Lunatic asylums Punjab 1868-1880 - 1868-1880
Year: 1868
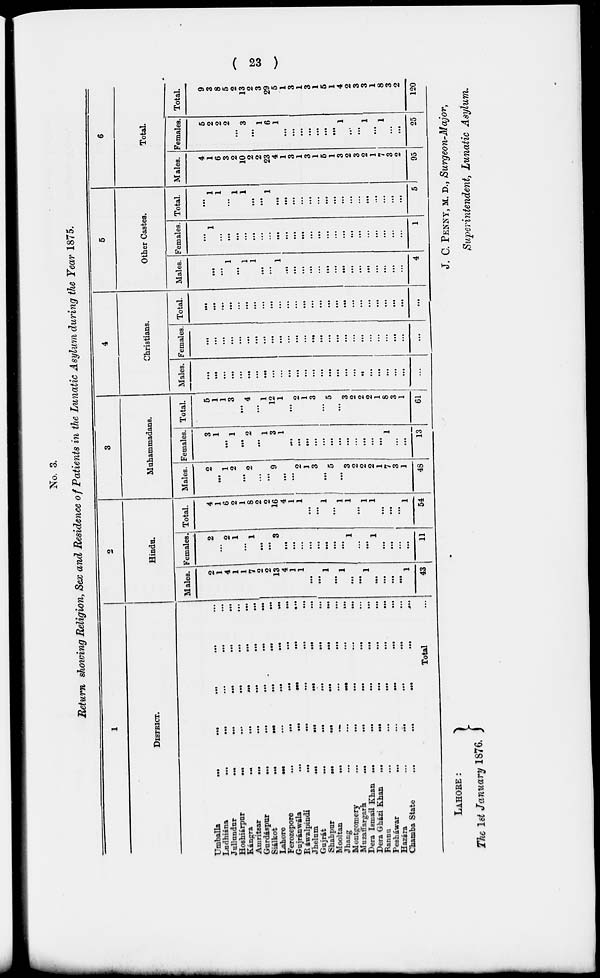
( 23 )
No. 3.
Return showing Religion, Sex and Residence of Patients in the Lunatic Asylum during the Year 1875.
1
DISTRICT.
Umballa ... ... ... ... ...
Ludhiána
...
...
...
...
...
Jallundar
...
...
...
...
...
Hoshiárpur
...
...
...
...
...
Kángra ... ... ... ... ...
Amritsar
...
...
...
...
...
Gurdáspur ... ... ... ... ...
Siálkot ... ... ... ... ...
Lahore
...
...
...
...
...
Ferozepore
...
...
...
...
...
Gujránwala
...
...
...
...
...
Ráwalpindi ... ... ... ... ...
Jhelum
...
...
...
...
...
Gujrát
...
...
...
...
...
Shahpur
...
...
...
...
...
Mooltan ... ... ... ... ...
Jhang
...
...
...
...
...
Montgomery
...
...
...
...
...
Mozaffargarh ... ... ... ... ...
Dera Ismail Khan
...
...
...
...
...
Dera Gházi Khan
...
...
...
...
...
Bannu
...
...
...
...
...
Pesháwar
...
...
...
...
...
Hazára
...
...
...
...
...
Chamba State
...
...
...
...
...
Total ...
2
Hindu.
Males.
2
1
4
1
1
7
2
2
13
4
1
1
...
...
1
...
1
...
...
1
...
...
...
...
1
43
Females.
2
...
2
1
...
1
...
...
3
...
...
...
...
...
...
...
...
1
...
...
1
...
...
...
...
11
Total.
4
1
6
2
1
8
2
2
16
4
1
1
...
...
1
...
1
1
...
1
1
...
...
...
1
54
3
Muhammadans.
Males.
2
...
1
2
...
2
...
...
9
...
...
2
1
3
...
5
...
3
2
2
2
1
7
3
1
48
Females.
3
1
...
1
...
2
...
1
3
1
...
...
...
...
...
...
...
...
...
...
...
...
1
...
...
13
Total.
5
1
1
3
...
4
...
1
12
1
...
2
1
3
...
5
...
3
2
2
2
1
8 3
1
61
4
Christians.
Males.
...
...
...
...
...
...
...
...
...
...
...
...
...
...
...
...
...
...
...
...
...
...
...
...
...
...
Females.
...
...
...
...
...
...
...
...
...
...
...
...
...
...
...
...
...
...
...
...
...
...
...
...
...
...
Total.
...
...
...
...
...
...
...
...
...
...
...
...
...
...
...
...
...
...
...
...
...
...
...
...
...
...
5
Other Castes.
Males.
...
...
...
1
...
1
1
...
...
1
...
...
...
...
...
...
...
...
...
...
...
...
...
...
...
4
Females.
...
1
...
...
...
...
...
...
...
...
...
...
...
...
...
...
...
...
...
...
...
...
...
...
...
1
Total.
...
1
1
...
1
1
...
...
1
...
...
...
...
...
...
...
...
...
...
...
...
...
...
...
...
5
6
Total.
Males.
4
1
6
3
2
10
2
2
23
4
1
3
1
3
1
5
1
3
2
3
2
1
7
3
2
95
Females.
5
2
2
2
...
3
...
1
6
1
...
...
...
...
...
...
...
1
...
...
1
...
1
...
...
25
Total.
9
3
8
5
2
13
2
3
29
5
1
3
1
3
1
5
1
4
2
3
3
1
8
3
2
120
LAHORE:
The 1st January 1876.
J. C. PENNY, M. D., Surgeon-Major,
Superintendent, Lunatic Asylum.